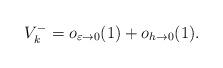
LaTeX: \begin{align*} V_{k}^{-} = o_{\varepsilon \to 0} ( 1 ) + o_{h \to 0} ( 1 ) .\end{align*}